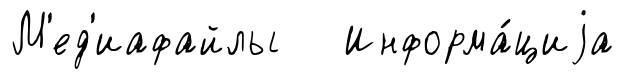
М'ед'иафайлы Информа́циjа